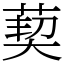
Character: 葜